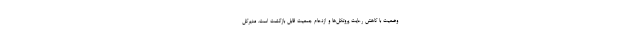
وضعیت با کاهش رعایت پروتکل‌ها و ازدحام جمعیت قابل بازگشت است. مدیرکل